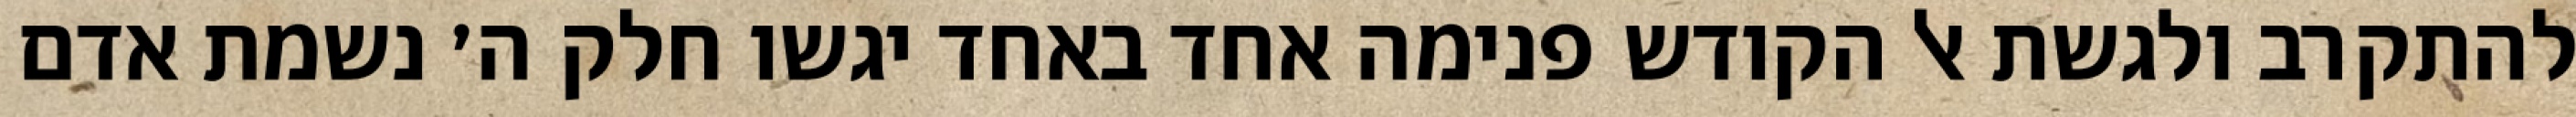
להתקרב ולגשת אל הקודש פנימה אחד באחד יגשו חלק ה׳ נשמת אדם